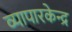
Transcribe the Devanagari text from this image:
व्यापारकेन्द्र